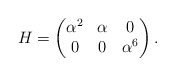
\begin{align*} H=\begin{pmatrix}\alpha^2&\alpha&0 \\ 0&0&\alpha^6 \end{pmatrix}.\end{align*}